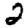
Digit: 2